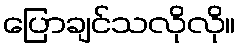
ပြောချင်သလိုလို။